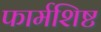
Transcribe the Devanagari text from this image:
फार्मशिष्ट